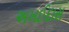
અખઈદાસ